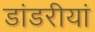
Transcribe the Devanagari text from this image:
डांडरीयां